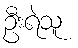
ဦးရဲသူ